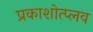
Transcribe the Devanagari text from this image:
प्रकाशोत्प्लव